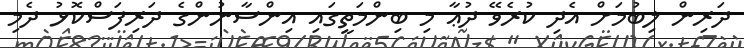
ދަރިން ލިބުމަށް އެދި ކުރެވޭ ދުޢާ މި ބިންމަތީގައި އިންސާނުންގެ ދަރިފަސްކޮޅު ދެމި